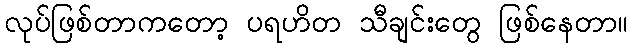
လုပ်ဖြစ်တာကတော့ ပရဟိတ သီချင်းတွေ ဖြစ်နေတာ။